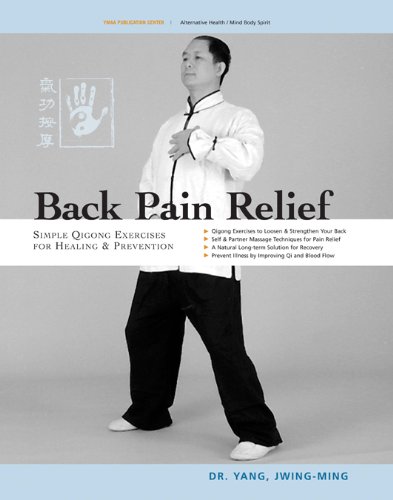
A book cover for Back Pain Relief: Chinese Qigong for Healing and Prevention; Yang Jwing-Ming; Health, Fitness & Dieting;